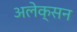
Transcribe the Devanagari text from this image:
अलेक्सन